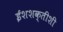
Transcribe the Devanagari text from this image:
ईशशक्तीशी